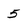
Character: 5